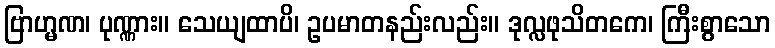
ဗြာဟ္မဏ၊ ပုဏ္ဏား။ သေယျထာပိ၊ ဥပမာတနည်းလည်း။ ဒုလ္လဖုသိတကေ၊ ကြီးစွာသော